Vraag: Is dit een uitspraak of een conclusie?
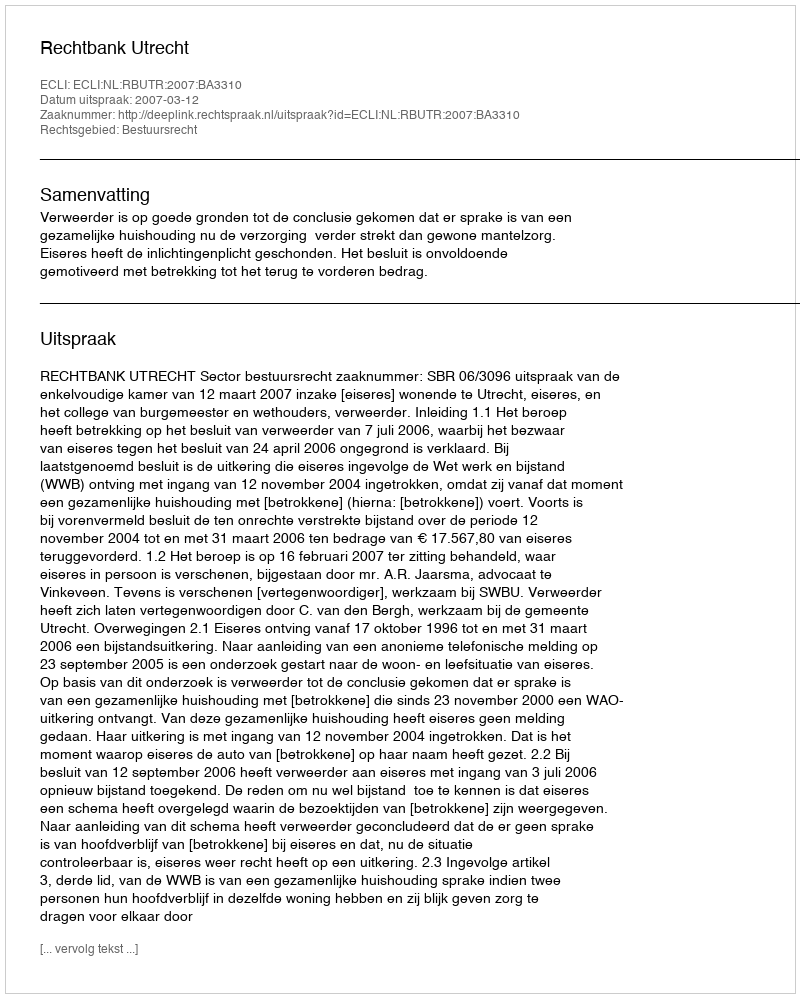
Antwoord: Uitspraak